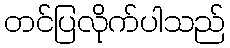
တင်ပြလိုက်ပါသည်